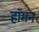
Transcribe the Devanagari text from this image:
हाॅगन